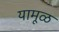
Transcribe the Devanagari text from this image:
यामूळ